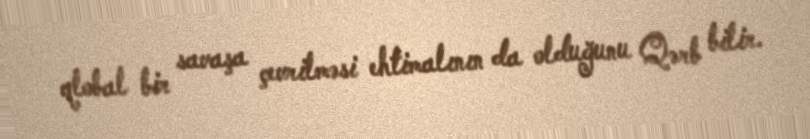
qlobal bir savaşa çevrilməsi ehtimalının da olduğunu Qərb bilir.